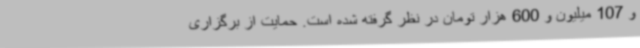
و 107 میلیون و 600 هزار تومان در نظر گرفته شده است. حمایت از برگزاری